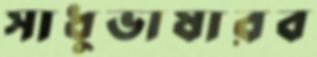
সাধুভাষারব